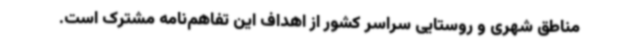
مناطق شهری و روستایی سراسر کشور از اهداف این تفاهم‌نامه مشترک است.